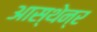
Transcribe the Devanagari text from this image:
आस्थेन्र